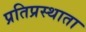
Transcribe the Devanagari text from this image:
प्रतिप्रस्थाता